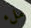
ملء